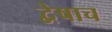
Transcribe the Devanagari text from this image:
द्वेषाच